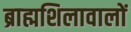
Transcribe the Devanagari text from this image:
ब्राह्मशिलावालों